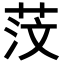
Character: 𦯻